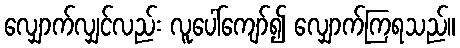
လျှောက်လျှင်လည်း လူပေါ်ကျော်၍ လျှောက်ကြရသည်။